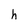
Character: h